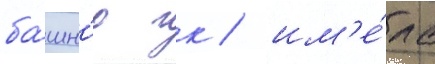
ба́шн'ю гк / им'е́ла